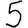
Digit: 5